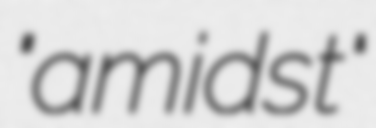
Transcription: "amidst"